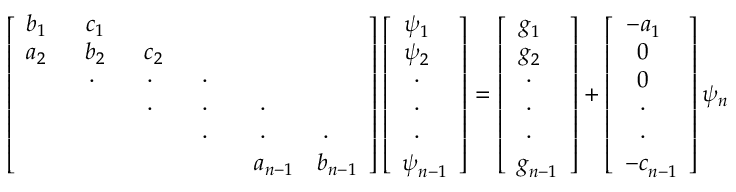
\left[ \begin{array} { c c c c c c c } { b _ { 1 ~ ~ } } & { c _ { 1 ~ ~ } } & & & & \\ { a _ { 2 ~ ~ } } & { b _ { 2 ~ ~ } } & { c _ { 2 ~ ~ } } & & & \\ & { \cdot { ~ ~ ~ } } & { \cdot { ~ ~ ~ } } & { \cdot { ~ ~ ~ } } & & \\ & & { \cdot { ~ ~ ~ } } & { \cdot { ~ ~ ~ } } & { \cdot { ~ ~ ~ } } & \\ & & & { \cdot { ~ ~ ~ } } & { \cdot { ~ ~ ~ } } & { \cdot { ~ ~ ~ } } \\ & & & & { a _ { n - 1 } } & { b _ { n - 1 } } \end{array} \right] \left[ { \begin{array} { c } { \psi _ { 1 ~ ~ } ^ { ~ } } \\ { \psi _ { 2 ~ ~ } ^ { ~ } } \\ { ~ \cdot _ { ~ ~ ~ } } \\ { ~ \cdot _ { ~ ~ ~ } } \\ { ~ \cdot _ { ~ ~ ~ } } \\ { \psi _ { n - 1 } ^ { ~ } } \end{array} } \right] = \left[ { \begin{array} { c } { g _ { 1 ~ ~ } ^ { ~ } } \\ { g _ { 2 ~ ~ } ^ { ~ } } \\ { ~ \cdot _ { ~ ~ ~ } } \\ { ~ \cdot _ { ~ ~ ~ } } \\ { ~ \cdot _ { ~ ~ ~ } } \\ { g _ { n - 1 } ^ { ~ } } \end{array} } \right] + \left[ { \begin{array} { c } { - a _ { 1 ~ ~ } ^ { ~ } } \\ { ~ 0 _ { ~ ~ ~ } ^ { ~ } } \\ { ~ 0 _ { ~ ~ ~ } ^ { ~ } } \\ { ~ \cdot _ { ~ ~ ~ } } \\ { ~ \cdot _ { ~ ~ ~ } } \\ { - c _ { n - 1 } ^ { ~ } } \end{array} } \right] \psi _ { n }